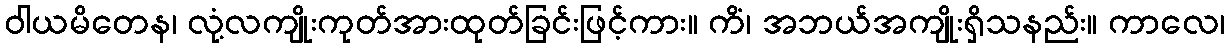
ဝါယမိတေန၊ လုံ့လကျိုးကုတ်အားထုတ်ခြင်းဖြင့်ကား။ ကိံ၊ အဘယ်အကျိုးရှိသနည်း။ ကာလေ၊